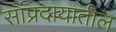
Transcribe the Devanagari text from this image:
सांप्रदायातील